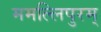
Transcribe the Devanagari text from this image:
ममल्लिपुरम्